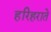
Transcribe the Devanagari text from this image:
हरिहराते